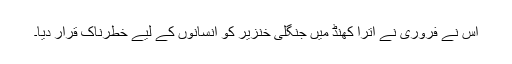
اس نے فروری نے اترا کھنڈ میں جنگلی خنزیر کو انسانوں کے لیے خطرناک قرار دیا۔